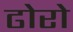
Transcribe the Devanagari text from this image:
ढोरो